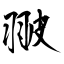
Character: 翍